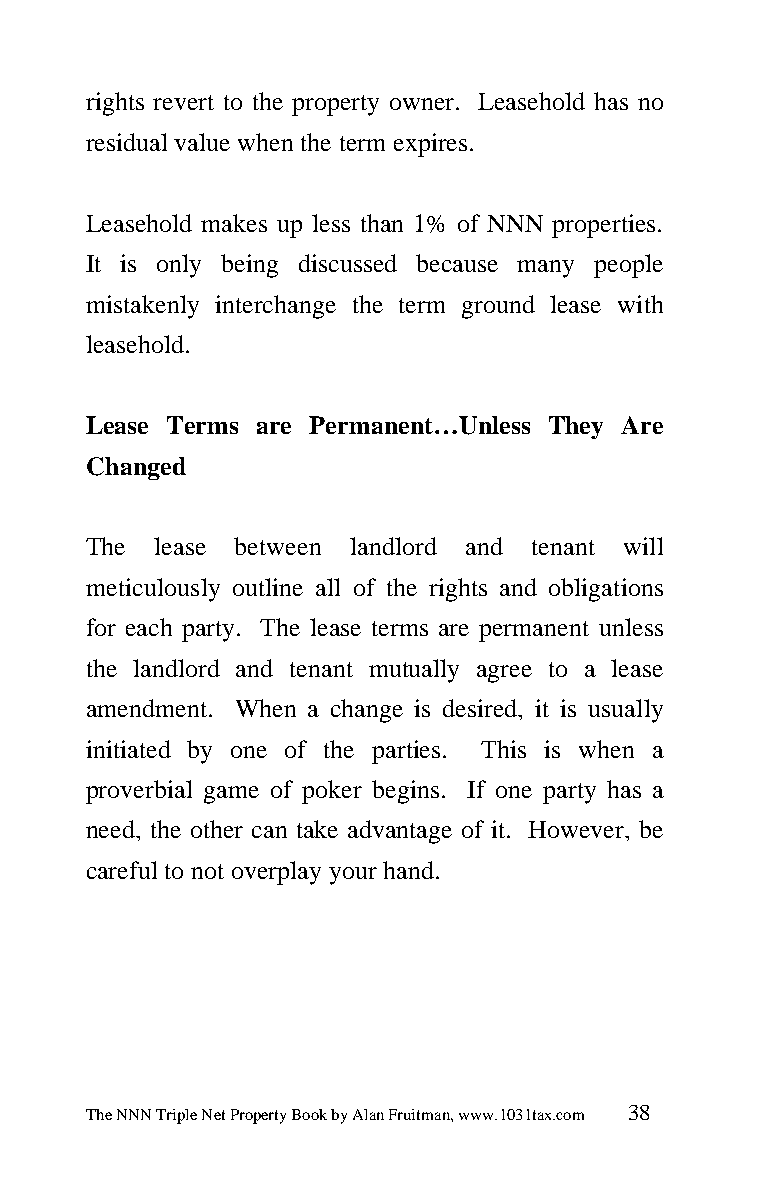
rights revert to the property owner. Leasehold has no
 residual value when the term expires.
 Leasehold makes up less than 1% of NNN properties.
 It is only being discussed because many people
 mistakenly interchange the term ground lease with
 leasehold.
 Lease Terms are Permanent…Unless They Are
 Changed
 The  lease between landlord and tenant will
 meticulously outline all of the rights and obligations
 for each party. The lease terms are permanent unless
 the landlord and tenant mutually agree to a lease
 amendment. When a change is desired, it is usually
 initiated by one of the parties. This is when a
 proverbial game of poker begins. If one party has a
 need, the other can take advantage of it. However, be
 careful to not overplay your hand.
 The NNN Triple Net Property Book by Alan Fruitman, www.1031tax.com 38